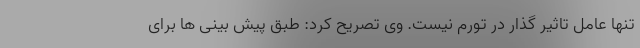
تنها عامل تاثیر گذار در تورم نیست. وی تصریح کرد: طبق پیش بینی ها برای